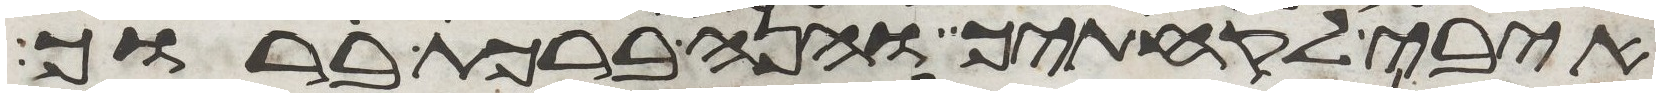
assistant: איבי לקחתיך והנה ברכת ברוך